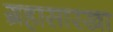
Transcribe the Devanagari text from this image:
ग्रहासारखा